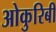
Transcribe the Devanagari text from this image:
ओकुरिबी